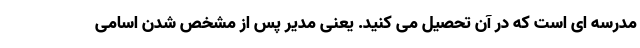
مدرسه ای است که در آن تحصیل می کنید. یعنی مدیر پس از مشخص شدن اسامی